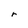
Character: r